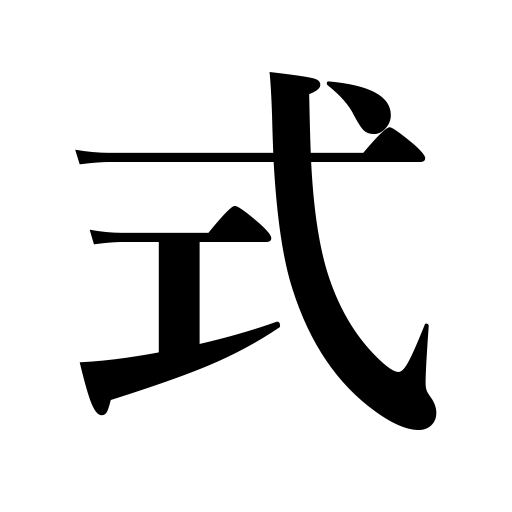
Meanings: rite,system,form,type,law,method,style,ceremony,expression in math,formula,model,plan,standard,function